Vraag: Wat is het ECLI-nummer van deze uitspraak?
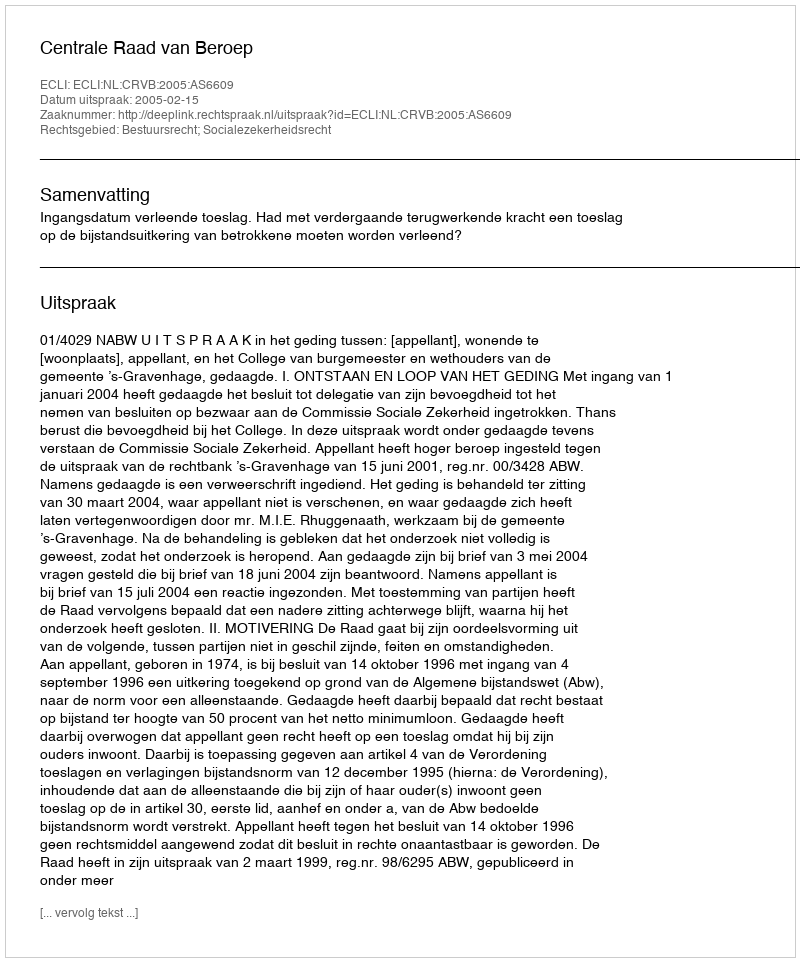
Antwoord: ECLI:NL:CRVB:2005:AS6609